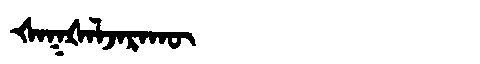
Manchu: ᡧᠠᡴᡧᠠᠯᠵᠠᡵᠠᡴᡡ
Romanization: ŠAKŠALJARAKŪ